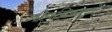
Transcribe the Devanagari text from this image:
जीवविषामुळे